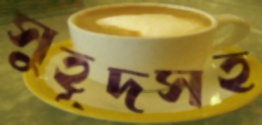
সুহূদসহ